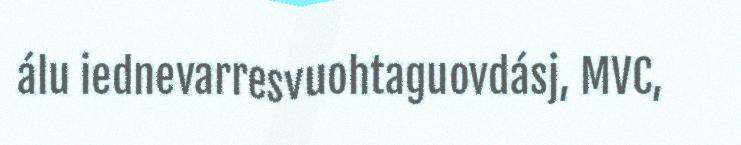
álu iednevarresvuohtaguovdásj, MVC,